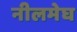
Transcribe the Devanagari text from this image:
नीलमेघ